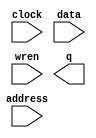
// megafunction wizard: %RAM: 1-PORT%VBB%
// GENERATION: STANDARD
// VERSION: WM1.0
// MODULE: altsyncram 

// ============================================================
// Megafunction Name(s):
// 			altsyncram
//
// Simulation Library Files(s):
// 			altera_mf
// ============================================================
// ************************************************************
// THIS IS A WIZARD-GENERATED FILE. DO NOT EDIT THIS FILE!
//
// 9.1 Build 350 03/24/2010 SP 2 SJ Web Edition
// ************************************************************

//Copyright (C) 1991-2010 Altera Corporation
//Your use of Altera Corporation's design tools, logic functions 
//and other software and tools, and its AMPP partner logic 
//functions, and any output files from any of the foregoing 
//(including device programming or simulation files), and any 
//associated documentation or information are expressly subject 
//to the terms and conditions of the Altera Program License 
//Subscription Agreement, Altera MegaCore Function License 
//Agreement, or other applicable license agreement, including, 
//without limitation, that your use is for the sole purpose of 
//programming logic devices manufactured by Altera and sold by 
//Altera or its authorized distributors.  Please refer to the 
//applicable agreement for further details.

module FFF0 (
	address,
	clock,
	data,
	wren,
	q);

	input	[10:0]  address;
	input	  clock;
	input	[7:0]  data;
	input	  wren;
	output	[7:0]  q;
`ifndef ALTERA_RESERVED_QIS
// synopsys translate_off
`endif
	tri1	  clock;
`ifndef ALTERA_RESERVED_QIS
// synopsys translate_on
`endif

endmodule

// ============================================================
// CNX file retrieval info
// ============================================================
// Retrieval info: PRIVATE: ADDRESSSTALL_A NUMERIC "0"
// Retrieval info: PRIVATE: AclrAddr NUMERIC "0"
// Retrieval info: PRIVATE: AclrByte NUMERIC "0"
// Retrieval info: PRIVATE: AclrData NUMERIC "0"
// Retrieval info: PRIVATE: AclrOutput NUMERIC "0"
// Retrieval info: PRIVATE: BYTE_ENABLE NUMERIC "0"
// Retrieval info: PRIVATE: BYTE_SIZE NUMERIC "8"
// Retrieval info: PRIVATE: BlankMemory NUMERIC "0"
// Retrieval info: PRIVATE: CLOCK_ENABLE_INPUT_A NUMERIC "0"
// Retrieval info: PRIVATE: CLOCK_ENABLE_OUTPUT_A NUMERIC "0"
// Retrieval info: PRIVATE: Clken NUMERIC "0"
// Retrieval info: PRIVATE: DataBusSeparated NUMERIC "1"
// Retrieval info: PRIVATE: IMPLEMENT_IN_LES NUMERIC "0"
// Retrieval info: PRIVATE: INIT_FILE_LAYOUT STRING "PORT_A"
// Retrieval info: PRIVATE: INIT_TO_SIM_X NUMERIC "0"
// Retrieval info: PRIVATE: INTENDED_DEVICE_FAMILY STRING "Cyclone II"
// Retrieval info: PRIVATE: JTAG_ENABLED NUMERIC "0"
// Retrieval info: PRIVATE: JTAG_ID STRING "NONE"
// Retrieval info: PRIVATE: MAXIMUM_DEPTH NUMERIC "2048"
// Retrieval info: PRIVATE: MIFfilename STRING "FFF0.mif"
// Retrieval info: PRIVATE: NUMWORDS_A NUMERIC "2048"
// Retrieval info: PRIVATE: RAM_BLOCK_TYPE NUMERIC "2"
// Retrieval info: PRIVATE: READ_DURING_WRITE_MODE_PORT_A NUMERIC "3"
// Retrieval info: PRIVATE: RegAddr NUMERIC "1"
// Retrieval info: PRIVATE: RegData NUMERIC "1"
// Retrieval info: PRIVATE: RegOutput NUMERIC "0"
// Retrieval info: PRIVATE: SYNTH_WRAPPER_GEN_POSTFIX STRING "0"
// Retrieval info: PRIVATE: SingleClock NUMERIC "1"
// Retrieval info: PRIVATE: UseDQRAM NUMERIC "1"
// Retrieval info: PRIVATE: WRCONTROL_ACLR_A NUMERIC "0"
// Retrieval info: PRIVATE: WidthAddr NUMERIC "11"
// Retrieval info: PRIVATE: WidthData NUMERIC "8"
// Retrieval info: PRIVATE: rden NUMERIC "0"
// Retrieval info: CONSTANT: CLOCK_ENABLE_INPUT_A STRING "BYPASS"
// Retrieval info: CONSTANT: CLOCK_ENABLE_OUTPUT_A STRING "BYPASS"
// Retrieval info: CONSTANT: INIT_FILE STRING "FFF0.mif"
// Retrieval info: CONSTANT: INTENDED_DEVICE_FAMILY STRING "Cyclone II"
// Retrieval info: CONSTANT: LPM_HINT STRING "ENABLE_RUNTIME_MOD=NO"
// Retrieval info: CONSTANT: LPM_TYPE STRING "altsyncram"
// Retrieval info: CONSTANT: MAXIMUM_DEPTH NUMERIC "2048"
// Retrieval info: CONSTANT: NUMWORDS_A NUMERIC "2048"
// Retrieval info: CONSTANT: OPERATION_MODE STRING "SINGLE_PORT"
// Retrieval info: CONSTANT: OUTDATA_ACLR_A STRING "NONE"
// Retrieval info: CONSTANT: OUTDATA_REG_A STRING "UNREGISTERED"
// Retrieval info: CONSTANT: POWER_UP_UNINITIALIZED STRING "FALSE"
// Retrieval info: CONSTANT: RAM_BLOCK_TYPE STRING "M4K"
// Retrieval info: CONSTANT: WIDTHAD_A NUMERIC "11"
// Retrieval info: CONSTANT: WIDTH_A NUMERIC "8"
// Retrieval info: CONSTANT: WIDTH_BYTEENA_A NUMERIC "1"
// Retrieval info: USED_PORT: address 0 0 11 0 INPUT NODEFVAL address[10..0]
// Retrieval info: USED_PORT: clock 0 0 0 0 INPUT VCC clock
// Retrieval info: USED_PORT: data 0 0 8 0 INPUT NODEFVAL data[7..0]
// Retrieval info: USED_PORT: q 0 0 8 0 OUTPUT NODEFVAL q[7..0]
// Retrieval info: USED_PORT: wren 0 0 0 0 INPUT NODEFVAL wren
// Retrieval info: CONNECT: @address_a 0 0 11 0 address 0 0 11 0
// Retrieval info: CONNECT: q 0 0 8 0 @q_a 0 0 8 0
// Retrieval info: CONNECT: @clock0 0 0 0 0 clock 0 0 0 0
// Retrieval info: CONNECT: @data_a 0 0 8 0 data 0 0 8 0
// Retrieval info: CONNECT: @wren_a 0 0 0 0 wren 0 0 0 0
// Retrieval info: LIBRARY: altera_mf altera_mf.altera_mf_components.all
// Retrieval info: GEN_FILE: TYPE_NORMAL FFF0.v TRUE
// Retrieval info: GEN_FILE: TYPE_NORMAL FFF0.inc FALSE
// Retrieval info: GEN_FILE: TYPE_NORMAL FFF0.cmp FALSE
// Retrieval info: GEN_FILE: TYPE_NORMAL FFF0.bsf FALSE
// Retrieval info: GEN_FILE: TYPE_NORMAL FFF0_inst.v TRUE
// Retrieval info: GEN_FILE: TYPE_NORMAL FFF0_bb.v TRUE
// Retrieval info: GEN_FILE: TYPE_NORMAL FFF0_waveforms.html TRUE
// Retrieval info: GEN_FILE: TYPE_NORMAL FFF0_wave*.jpg FALSE
// Retrieval info: LIB_FILE: altera_mf